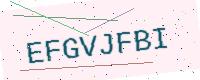
Text: EFGVJFBI